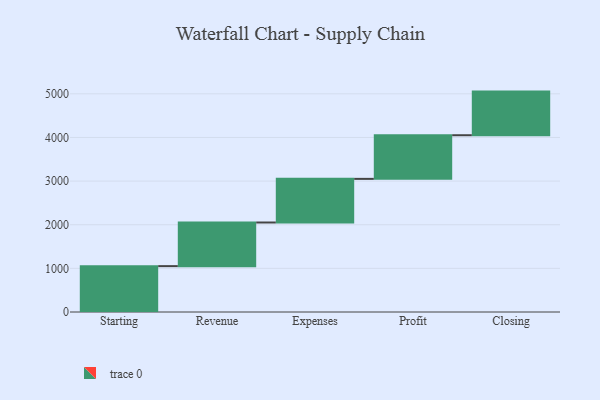
{"axis": {"x": "Step", "y": "Value"}, "legend": [""], "data": [{"x": "Starting", "y": 1051.0, "type": ""}, {"x": "Revenue", "y": 1000, "type": ""}, {"x": "Expenses", "y": 1000, "type": ""}, {"x": "Profit", "y": 1000, "type": ""}, {"x": "Closing", "y": 1000, "type": ""}]}